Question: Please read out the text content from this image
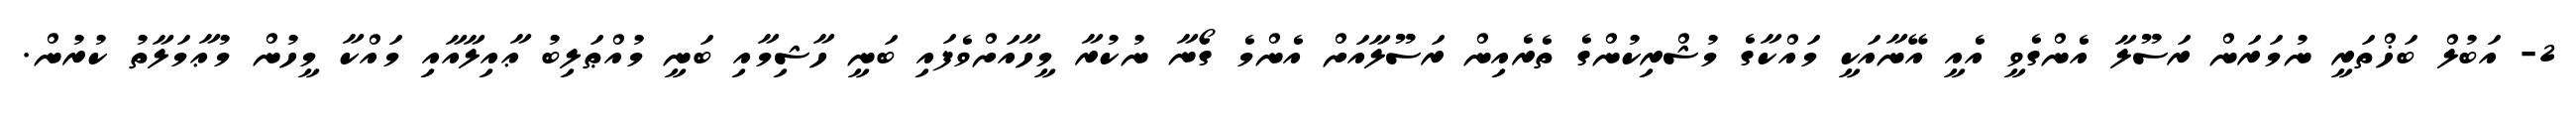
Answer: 2- އަބުލް ބަޚްތަރީ ނުމަރަން ރަސޫލާ އެންގެވީ އެއީ އޭނާއަކީ މައްކާގެ މުޝްރިކުންގެ ތެރެއިން ރަސޫލާއަށް އެންމެ ގޯނާ ނުކުރާ މީހާއަށްވެފައި ބަނީ ހާޝިމާއި ބަނީ މުއްޠަލިބު ޢާއިލާއާއި މައްކާ މީހުން މުޢާމަލާތު ކުރުން.